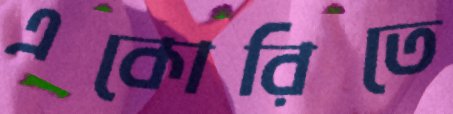
একোরিতে